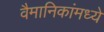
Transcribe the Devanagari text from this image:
वैमानिकांमध्ये